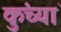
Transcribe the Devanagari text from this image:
कुंच्यां